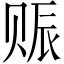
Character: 赈